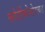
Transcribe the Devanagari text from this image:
कोर्टीकोस्टेरायड